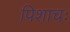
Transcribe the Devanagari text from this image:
पिशाचः